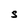
Character: S